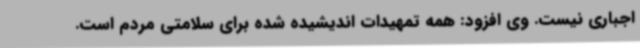
اجباری نیست. وی افزود: همه تمهیدات اندیشیده شده برای سلامتی مردم است.